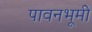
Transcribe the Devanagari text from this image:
पावनभूमी